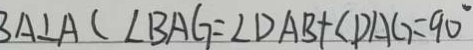
A \bot A C \angle B A G = \angle D A B + \angle D A G = 9 0 ^ { \circ }